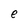
Character: e